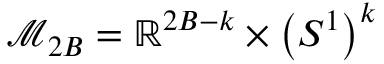
\mathcal { M } _ { 2 B } = \mathbb { R } ^ { 2 B - k } \times \left( S ^ { 1 } \right) ^ { k }